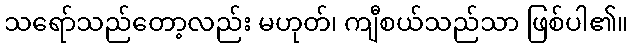
သရော်သည်တော့လည်း မဟုတ်၊ ကျီစယ်သည်သာ ဖြစ်ပါ၏။